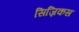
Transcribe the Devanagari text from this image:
सिज़िकस